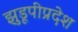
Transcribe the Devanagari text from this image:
झुडूपीप्रदेश